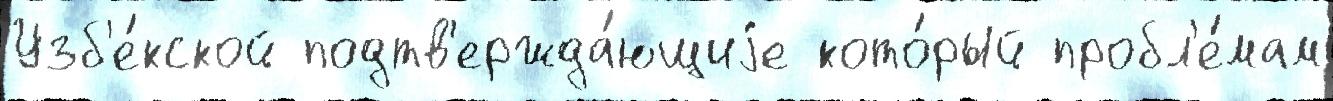
Узб'е́кской подтв'ержда́ющиjе кото́рый пробл'е́мам